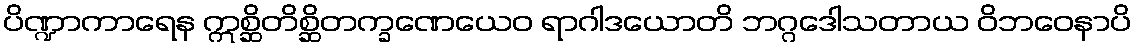
ပိဏ္ဍာကာရေန ဣစ္ဆိတိစ္ဆိတက္ခဏေယေဝ ရာဂါဒယောတိ ဘဂ္ဂဒေါသတာယ ဝိဘဝေနာပိ